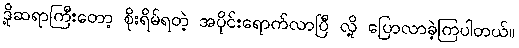
ဒို့ဆရာကြီးတော့ စိုးရိမ်ရတဲ့ အပိုင်းရောက်လာပြီ လို့ ပြောလာခဲ့ကြပါတယ်။